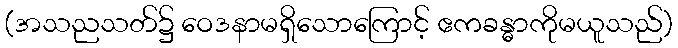
(အသညသတ်၌ ဝေဒနာမရှိသောကြောင့် ဧကခန္ဓာကိုမယူသည်)